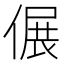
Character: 𠌄